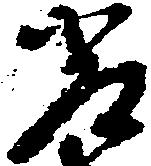
常